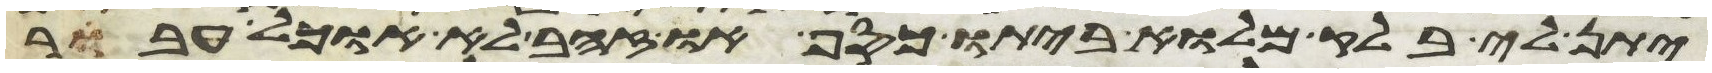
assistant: יתן לי בלק מלוא ביתו כסף או זהב לא אוכל אעבר